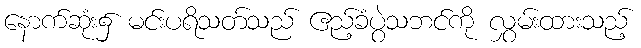
နောက်ဆုံး၌ မင်းပရိသတ်သည် ဧည့်ခံပွဲသဘင်ကို လွှမ်းထားသည့်